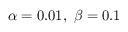
\alpha = 0 . 0 1 , \ \beta = 0 . 1